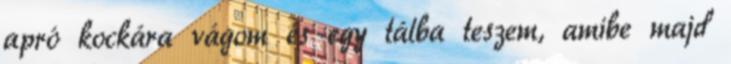
apró kockára vágom és egy tálba teszem, amibe majd